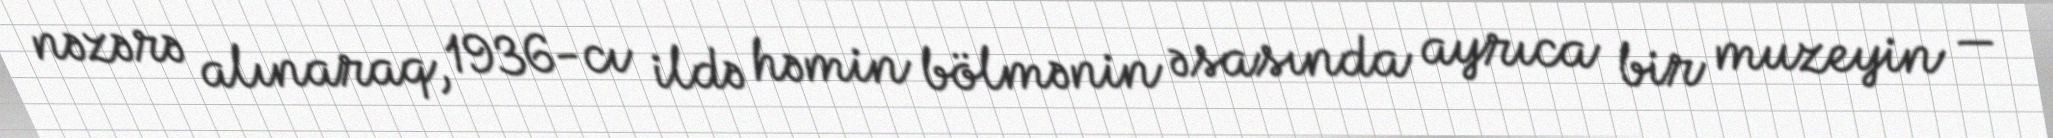
nəzərə alınaraq, 1936-cı ildə həmin bölmənin əsasında ayrıca bir muzeyin —